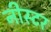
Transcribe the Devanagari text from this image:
नीस्टर